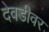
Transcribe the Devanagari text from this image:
देवडीवर